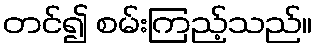
တင်၍ စမ်းကြည့်သည်။